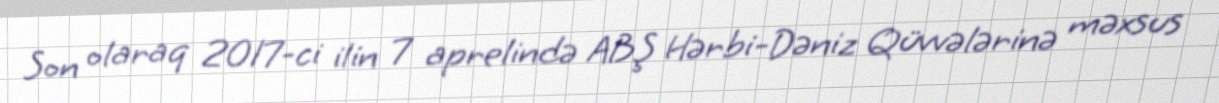
Son olaraq 2017-ci ilin 7 aprelində ABŞ Hərbi-Dəniz Qüvvələrinə məxsus